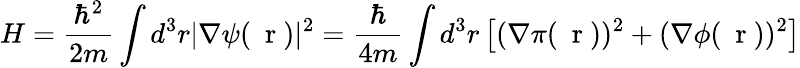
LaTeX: H=\frac{\hbar^{2}}{2m}\int d^{3}r|\nabla\psi(\mathrm{~\mathbf~r~})|^{2}=\frac{\hbar}{4m}\int d^{3}r\left[(\nabla\pi(\mathrm{~\mathbf~r~}))^{2}+(\nabla\phi(\mathrm{~\mathbf~r~}))^{2}\right]